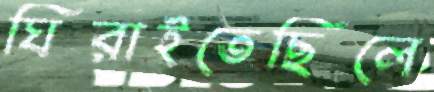
ঘিরাইতেছিলে